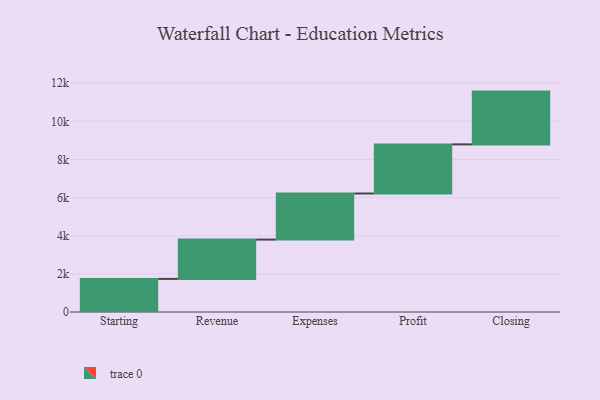
{"axis": {"x": "Step", "y": "Value"}, "legend": [""], "data": [{"x": "Starting", "y": 1737.0, "type": ""}, {"x": "Revenue", "y": 2060.0, "type": ""}, {"x": "Expenses", "y": 2417.0, "type": ""}, {"x": "Profit", "y": 2576.0, "type": ""}, {"x": "Closing", "y": 2768.0, "type": ""}]}